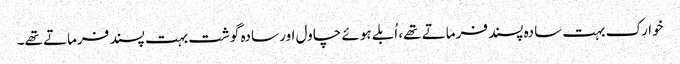
خوارک بہت سادہ پسند فرماتے تھے، اُبلے ہوئے چاول اور سادہ گوشت بہت پسند فرماتے تھے۔